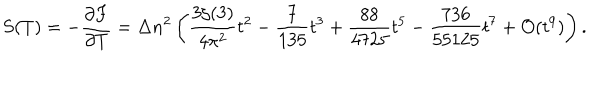
S ( T ) = - \frac { \partial F } { \partial T } = \Delta n ^ { 2 } \left( \frac { 3 \zeta ( 3 ) } { 4 \pi ^ { 2 } } t ^ { 2 } - \frac { 7 } { 1 3 5 } t ^ { 3 } + \frac { 8 8 } { 4 7 2 5 } t ^ { 5 } - \frac { 7 3 6 } { 5 5 1 2 5 } t ^ { 7 } + { \cal O } ( t ^ { 9 } ) \right) { . }